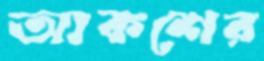
আকশের